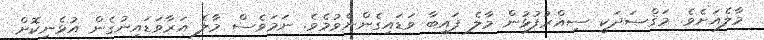
މާލެއަށެވެ. މަޤްޞަދަކީ ސިއްރުފުޅުން މާލެ ފައިބާ ވަޑައިގެންނެވުމެވެ. ނަމަވެސް މާލެ އަރާވަޑައިނުގެން އުޅެނިކޮށް